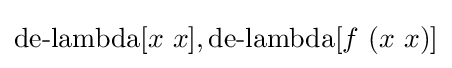
\operatorname {de-lambda} [x\ x],\operatorname {de-lambda} [f\ (x\ x)]